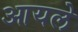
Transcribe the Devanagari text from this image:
आयले